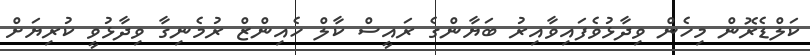
ކަލްޑެރޮން މިހެން ވިދާޅުވެފައިވާއިރު ބަޔާންގެ ރައީސް ކާލް ހެއިންޒް ރުމެނިގާ ވިދާޅުވީ ކުރިޔަށް